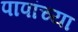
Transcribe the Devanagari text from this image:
पापांच्या